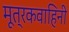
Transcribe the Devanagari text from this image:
मूत्रकवाहिनी